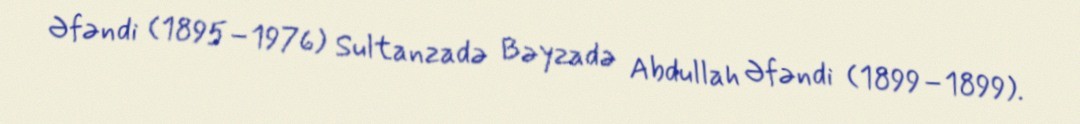
Əfəndi (1895–1976) Sultanzadə Bəyzadə Abdullah Əfəndi (1899–1899).